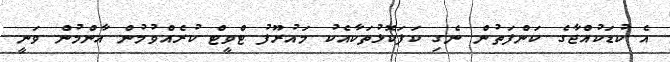
އެ ކުޑަކުއްޖާގެ ކަންފަތުން ނެގި ކަފަކޮޅުތަކާއެކު މައުރޫފު ޓްވީޓް ކުރެއްވުމުން އާންމުން ވަނީ